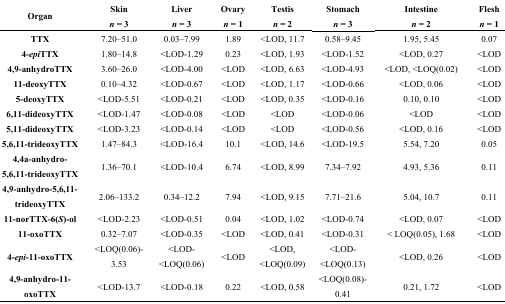
<table><thead><tr><td rowspan="2"><b>Organ</b></td><td><b>Skin</b></td><td><b>Liver</b></td><td><b>Ovary</b></td><td><b>Testis</b></td><td><b>Stomach</b></td><td><b>Intestine</b></td><td><b>Flesh</b></td></tr><tr><td><b><i>n</i> = 3</b></td><td><b><i>n</i> = 3</b></td><td><b><i>n</i> = 1</b></td><td><b><i>n</i> = 2</b></td><td><b><i>n</i> = 3</b></td><td><b><i>n</i> = 2</b></td><td><b><i>n</i> = 1</b></td></tr></thead><tbody><tr><td><b>TTX</b></td><td>7.20–51.0</td><td>0.03–7.99</td><td>1.89</td><td>&lt;LOD, 11.7</td><td>0.58–9.45</td><td>1.95, 5.45</td><td>0.07</td></tr><tr><td><b>4-<i>epi</i>TTX</b></td><td>1.80–14.8</td><td>&lt;LOD-1.29</td><td>0.23</td><td>&lt;LOD, 1.93</td><td>&lt;LOD-1.52</td><td>&lt;LOD, 0.27</td><td>&lt;LOD</td></tr><tr><td><b>4,9-anhydroTTX</b></td><td>3.60–26.0</td><td>&lt;LOD-4.00</td><td>&lt;LOD</td><td>&lt;LOD, 6.63</td><td>&lt;LOD-4.93</td><td>&lt;LOD, &lt;LOQ(0.02)</td><td>&lt;LOD</td></tr><tr><td><b>11-deoxyTTX</b></td><td>0.10–4.32</td><td>&lt;LOD-0.67</td><td>&lt;LOD</td><td>&lt;LOD, 1.17</td><td>&lt;LOD-0.66</td><td>&lt;LOD, 0.06</td><td>&lt;LOD</td></tr><tr><td><b>5-deoxyTTX</b></td><td>&lt;LOD-5.51</td><td>&lt;LOD-0.21</td><td>&lt;LOD</td><td>&lt;LOD, 0.35</td><td>&lt;LOD-0.16</td><td>0.10, 0.10</td><td>&lt;LOD</td></tr><tr><td><b>6,11-dideoxyTTX</b></td><td>&lt;LOD-1.47</td><td>&lt;LOD-0.08</td><td>&lt;LOD</td><td>&lt;LOD</td><td>&lt;LOD-0.06</td><td>&lt;LOD</td><td>&lt;LOD</td></tr><tr><td><b>5,11-dideoxyTTX</b></td><td>&lt;LOD-3.23</td><td>&lt;LOD-0.14</td><td>&lt;LOD</td><td>&lt;LOD</td><td>&lt;LOD-0.56</td><td>&lt;LOD, 0.16</td><td>&lt;LOD</td></tr><tr><td><b>5,6,11-trideoxyTTX</b></td><td>1.47–84.3</td><td>&lt;LOD-16.4</td><td>10.1</td><td>&lt;LOD, 14.6</td><td>&lt;LOD-19.5</td><td>5.54, 7.20</td><td>0.05</td></tr><tr><td><b>4,4a-anhydro-5,6,11-trideoxyTTX</b></td><td>1.36–70.1</td><td>&lt;LOD-10.4</td><td>6.74</td><td>&lt;LOD, 8.99</td><td>7.34–7.92</td><td>4.93, 5.36</td><td>0.11</td></tr><tr><td><b>4,9-anhydro-5,6,11-trideoxyTTX</b></td><td>2.06–133.2</td><td>0.34–12.2</td><td>7.94</td><td>&lt;LOD, 9.15</td><td>7.71–21.6</td><td>5.04, 10.7</td><td>0.11</td></tr><tr><td><b>11-norTTX-6(<i>S</i>)-ol</b></td><td>&lt;LOD-2.23</td><td>&lt;LOD-0.51</td><td>0.04</td><td>&lt;LOD, 1.02</td><td>&lt;LOD-0.74</td><td>&lt;LOD, 0.07</td><td>&lt;LOD</td></tr><tr><td><b>11-oxoTTX</b></td><td>0.32–7.07</td><td>&lt;LOD-0.35</td><td>&lt;LOD</td><td>&lt;LOD, 0.41</td><td>&lt;LOD-0.31</td><td>&lt; LOQ(0.05), 1.68</td><td>&lt;LOD</td></tr><tr><td><b>4-<i>epi</i>-11-oxoTTX</b></td><td>&lt;LOQ(0.06)-3.53</td><td>&lt;LOD-&lt;LOQ(0.06)</td><td>&lt;LOD</td><td>&lt;LOD, &lt;LOQ(0.09)</td><td>&lt;LOD-&lt;LOQ(0.13)</td><td>&lt;LOD, 0.26</td><td>&lt;LOD</td></tr><tr><td><b>4,9-anhydro-11-oxoTTX</b></td><td>&lt;LOD-13.7</td><td>&lt;LOD-0.18</td><td>0.22</td><td>&lt;LOD, 0.58</td><td>&lt;LOQ(0.08)-0.41</td><td>0.21, 1.72</td><td>&lt;LOD</td></tr></tbody></table>